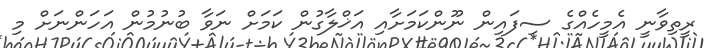
ރީތިވާނީ އެމީހެއްގެ ސިފައިން ނޫންކަމަށާއި އަޚްލާގުން ކަމަށް ނަވާ ބުނުމުން އަހަންނަށް މި